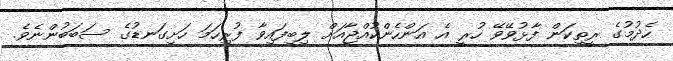
ހެދުމުގެ ރީތިކަން ފާޅުވޭވޭ ހުރީ އެ އަންހެންކުއްޖާއަށް ލިބިފައިވާ ފުރިހަމަ ހަށިގަނޑުގެ ސަބަބުންނެވެ.